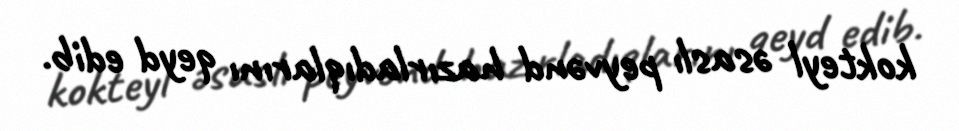
kokteyl əsaslı peyvənd hazırladıqlarını qeyd edib.